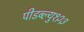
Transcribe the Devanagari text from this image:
पीडब्ल्यु१२३